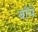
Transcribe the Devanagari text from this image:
वाँये